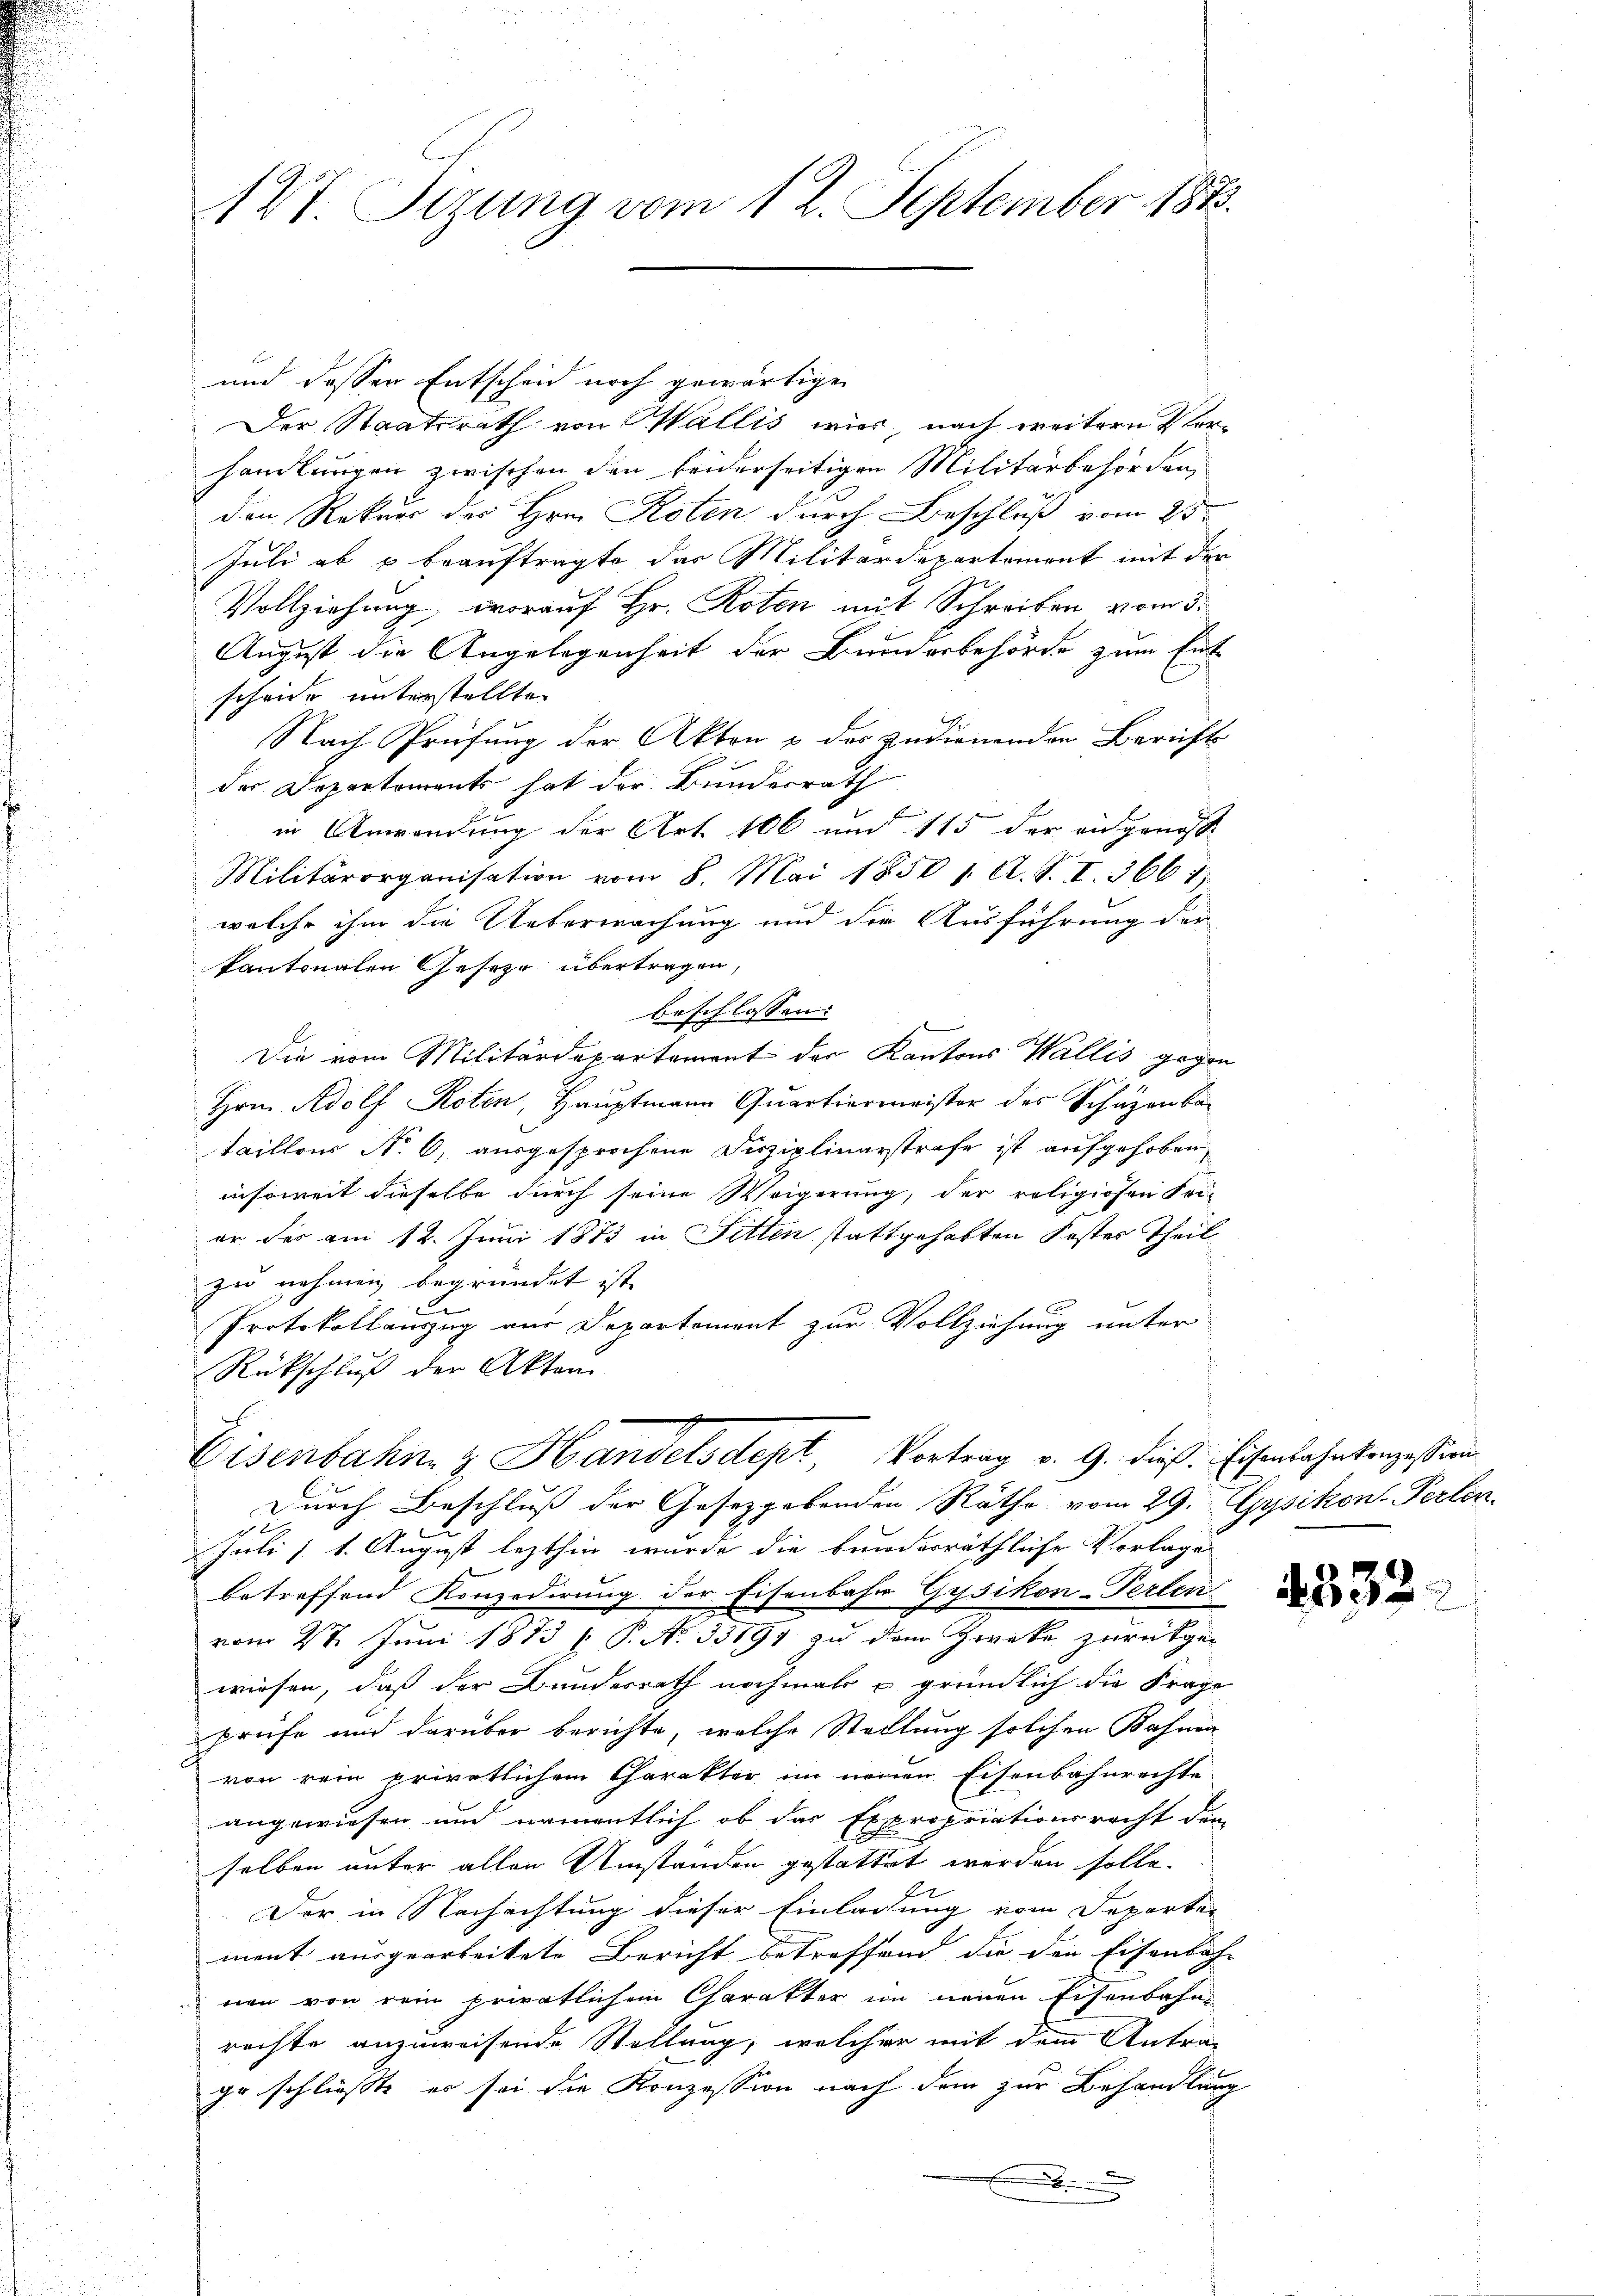
1Vt. Sizung vom 12. September 1873.

Der Staatsrath von Wallis wird, nach weitern 2 Forhandlungen zwischen den beiderseitigen Militärbehörden,
den Rekurs des Hrn. Roten durch Beschluß vom 25.
Juli ab & beauftragte das Militärdepartement mit der
Vollziehung, worauf Hr. Roten mit Schreiben vom 5.
August die Angelegenheit der Bunderbehörde zum Entscheide unterstellte
Nach Prüfung der Akten & des zudienenden Beruft
der Departements hat der Bundesrath
in Anwendung der Art. 106 und 115 der eingenoß
Militärorganisation vom 8. Mai 1850 1. A. S. I. 3661
welche ihm die Ueberwachung und die Ausführung der
kantonalen Geseze übertragen,
beschlossen:
Die vom Militärdepartement der Kantons Wallis gegen
Hrn. Adolf Roten, Hauptmann Quartiermeister des Schäzen betaillons No 6, ausgesprochene Disziplinarstrafe ist aufgehoben,
insoweit dieselbe durch seine Weigerung, der religiosen Frie
er des am 12. Juni 1873 in Fitten stattgehabten Koster Theil
zu nehmen begründet ist.
Protokollauszug aus Departement zur Vollziehung unter
Rückschluß der Akten
Eisenbahn & Handelsdept, Vortrag v. G. diese Eisenbahnkonzession
Durch Beschluß der Gesetzgebenden Räthe vom 29. Gysikon. Perlen.
ch
Juli 11. August lezthin wurde die bunderräthliche Vorlage
betreffend Konzedirung der Eisenbahr Gysikon-Perlen
vom 27. Juni 1883 (: P. N. 35191 zu dem Zweke zurückge-
wiesen, daß der Bundesrath nochmals u gründlich die Frage
prüfe und darüber berichte, welche Stellung solchen Bahnen
von rein privatlichem Charakter im neuen Eisenbahnrechte
angewiesen und namentlich ob das Expropriationsrecht dem
selben unter allen Umständen gestattet werden solle.
Er
Der in Nachachtung dieser Einladung vom Departer
ment ausgearbeitete Bericht betreffend die den Eisenbahn
nen von rein privatlichen Charakter im neuen Eisenbahn-
rechte anzuweisende Stellung, welcher mit dem Antra-
ir schließte er sei die Konzession nach dem zur Behandlung
.

und dessen Entscheid noch gewärtige

4332